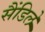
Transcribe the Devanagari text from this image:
सैंडिले